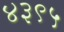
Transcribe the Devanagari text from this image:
४३९५